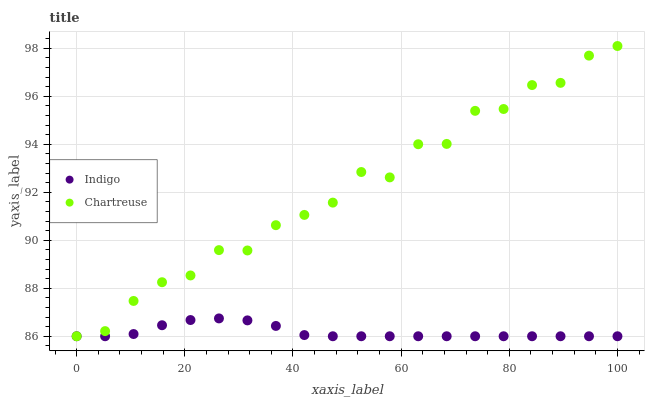
| xaxis_label | Indigo | Chartreuse |
 | --- | --- | --- |
 | 0 | 86 | 86 |
 | 5.26 | 86 | 86.2 |
 | 10.5 | 86.1 | 87.5 |
 | 15.8 | 86.5 | 88.3 |
 | 21.1 | 86.7 | 88.5 |
 | 26.3 | 86.7 | 89.6 |
 | 31.6 | 86.7 | 89.6 |
 | 36.8 | 86.4 | 90.6 |
 | 42.1 | 86 | 91.1 |
 | 47.4 | 86 | 91.6 |
 | 52.6 | 86 | 92.8 |
 | 57.9 | 86 | 92.6 |
 | 63.2 | 86 | 94 |
 | 68.4 | 86 | 94 |
 | 73.7 | 86 | 95.4 |
 | 78.9 | 86 | 95.5 |
 | 84.2 | 86 | 96.5 |
 | 89.5 | 86 | 96.6 |
 | 94.7 | 86 | 97.7 |
 | 100 | 86 | 98.1 |